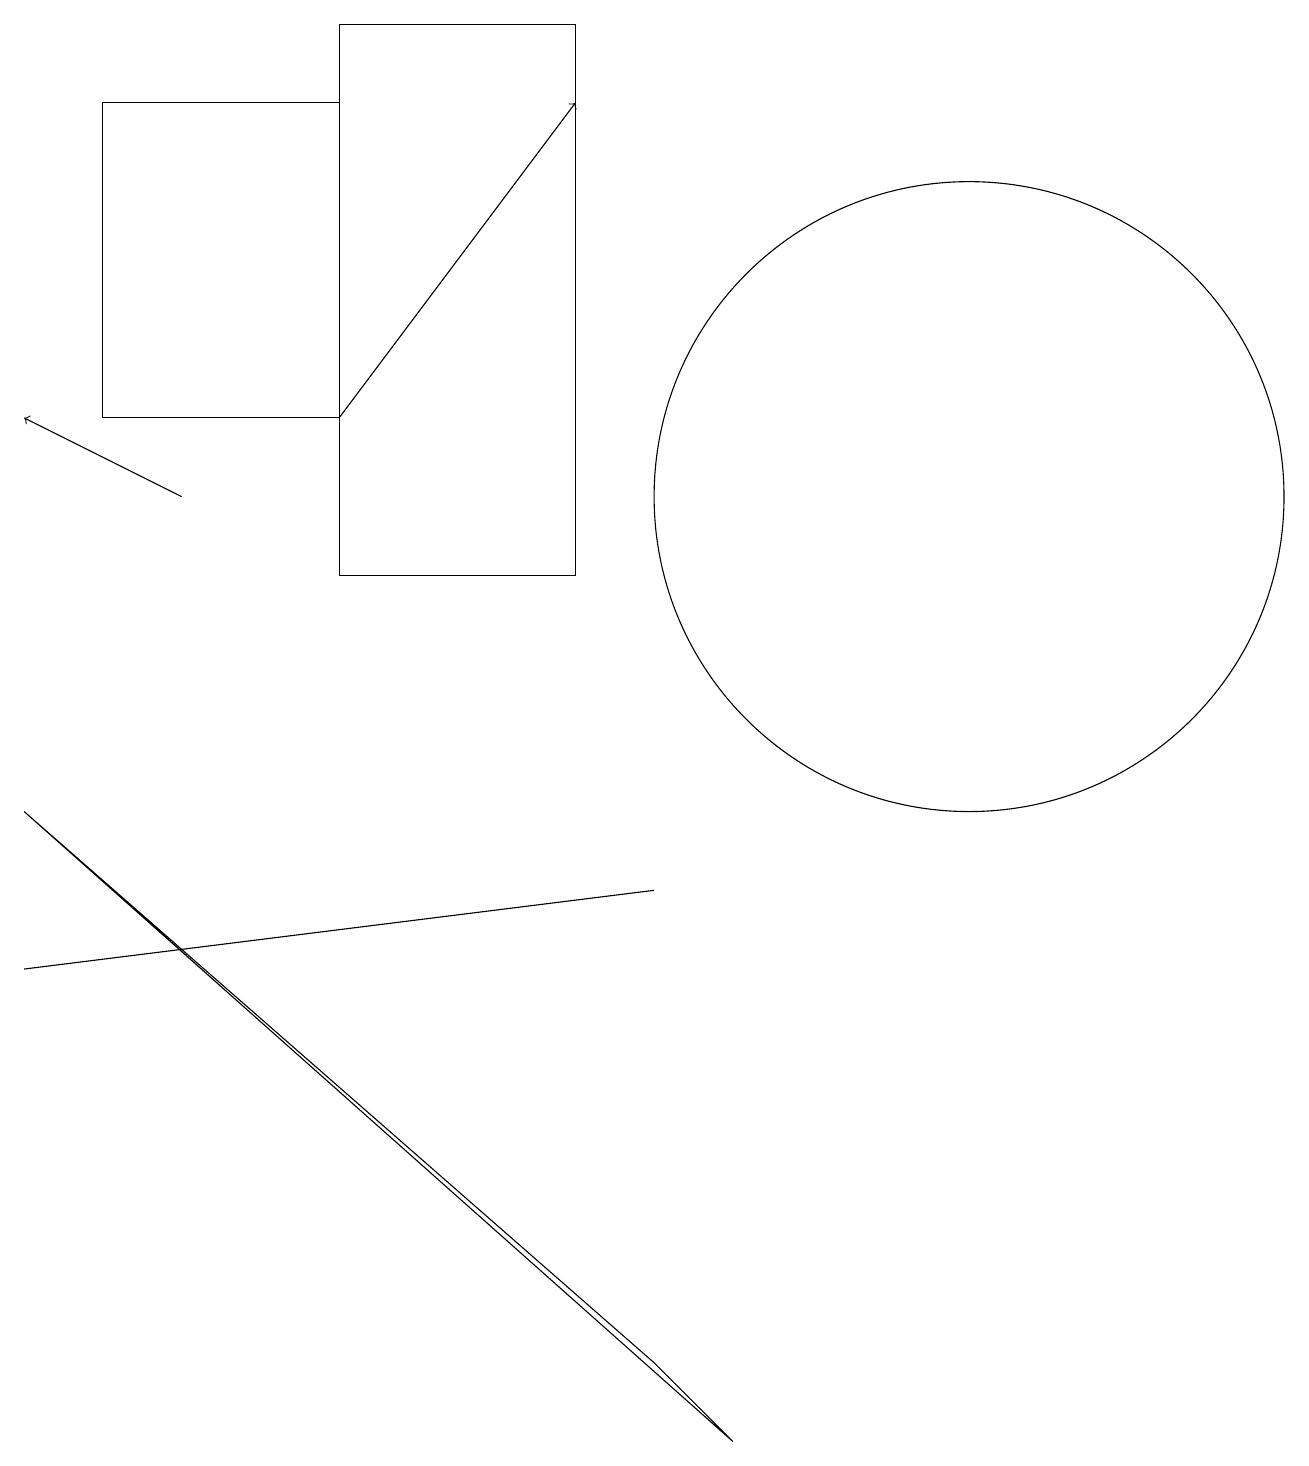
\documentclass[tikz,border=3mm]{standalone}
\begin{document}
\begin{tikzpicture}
\draw (4,11) rectangle (7,18);
\draw[->] (4,13) -- (7,17);
\draw (8,7) -- (8,7) -- (0,6) -- cycle;
\draw (10,11) circle (0);
\draw (12,12) circle (4);
\draw[->] (2,12) -- (0,13);
\draw (9,0) -- (8,1) -- (0,8) -- cycle;
\draw (4,17) rectangle (1,13);
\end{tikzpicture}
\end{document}